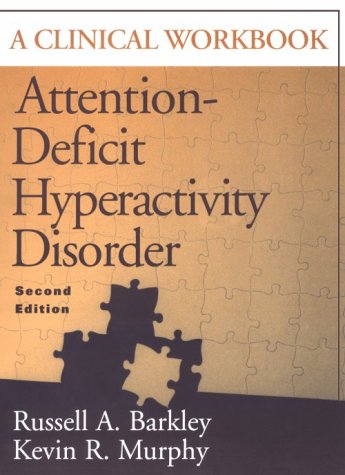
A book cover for Attention-Deficit Hyperactivity Disorder: A Clinical Workbook, Second Edition; Russell A. Barkley PhD  ABPP  ABCN; Parenting & Relationships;